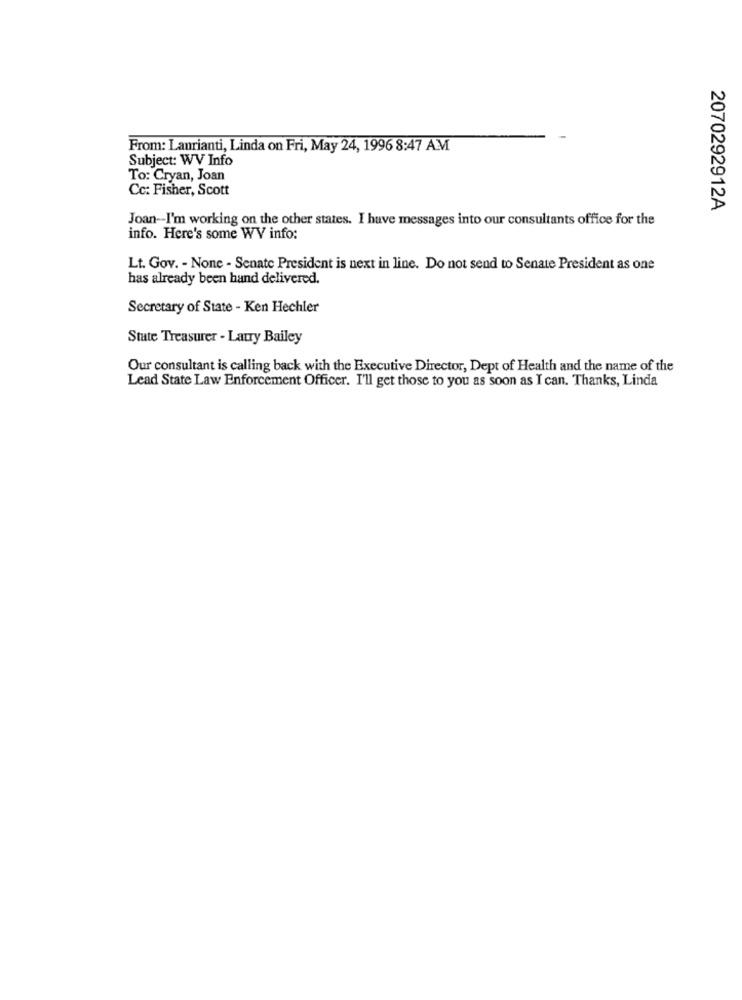
From: Laurianti, Linda on Fri, May 24, 1996 8:47 AM
Subject: WV Info
To: Cryan, Joan
Cc: Fisher, Scott
2070292912A
Joan-I'm working on the other states. I have messages into our consultants office for the
info. Here's some WV info:
Lt. Gov. - None - Senate President is next in line. Do not send to Senate President as one
has already been hand delivered.
Secretary of State - Ken Hechler
State Treasurer - Latry Bailey
Our consultant is calling back with the Executive Director, Dept of Health and the name of the
Lead State Law Enforcement Officer. I'll get those to you as soon as I can. Thanks, Linda